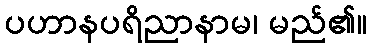
ပဟာနပရိညာနာမ၊ မည်၏။